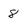
Character: 8